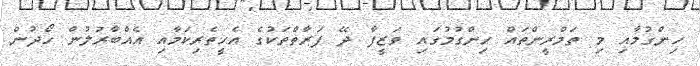
ހިންގުމާއި މި ތަމްރީންތައް ހިންގުމުގައި ވަޒީފާ ދޭ ފަރާތްތަކުގެ އެހީތެރިކަމާއި އެއްބާރުލުން ހޯދުން.